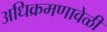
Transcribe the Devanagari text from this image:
अधिक्रमणावेळी